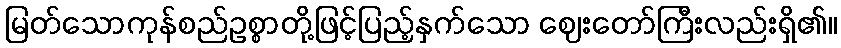
မြတ်သောကုန်စည်ဥစ္စာတို့ဖြင့်ပြည့်နှက်သော ဈေးတော်ကြီးလည်းရှိ၏။